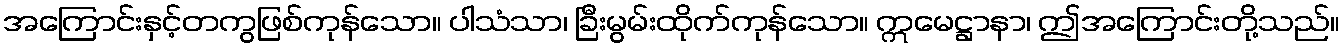
အကြောင်းနှင့်တကွဖြစ်ကုန်သော။ ပါသံသာ၊ ခြီးမွမ်းထိုက်ကုန်သော။ ဣမေဋ္ဌာနာ၊ ဤအကြောင်းတို့သည်။